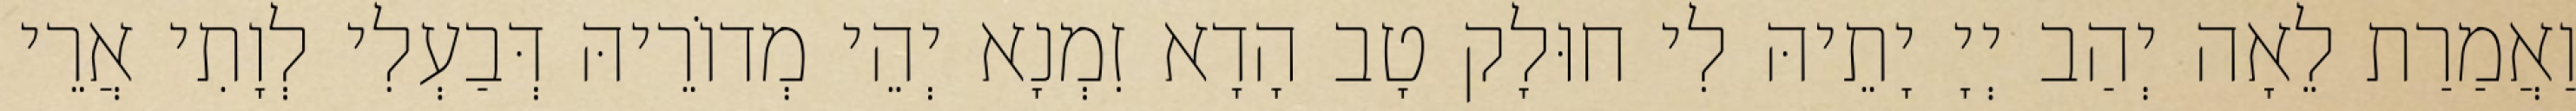
וַאֲמַרַת לֵאָה יְהַב יְיָ יָתֵיהּ לִי חוּלָק טָב הָדָא זִמְנָא יְהֵי מְדוֹרֵיהּ דְּבַעְלִי לְוָתִי אֲרֵי